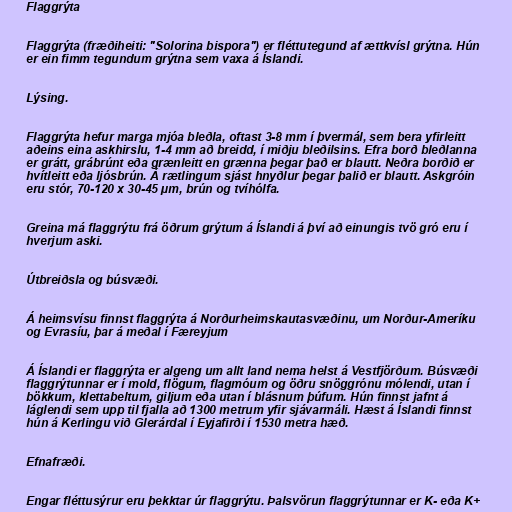
Flaggrýta

Flaggrýta (fræðiheiti: "Solorina bispora") er fléttutegund af ættkvísl grýtna. Hún
er ein fimm tegundum grýtna sem vaxa á Íslandi.

Lýsing.

Flaggrýta hefur marga mjóa bleðla, oftast 3-8 mm í þvermál, sem bera yfirleitt
aðeins eina askhirslu, 1-4 mm að breidd, í miðju bleðilsins. Efra borð bleðlanna
er grátt, grábrúnt eða grænleitt en grænna þegar það er blautt. Neðra borðið er
hvítleitt eða ljósbrún. Á rætlingum sjást hnyðlur þegar þalið er blautt. Askgróin
eru stór, 70-120 x 30-45 µm, brún og tvíhólfa.

Greina má flaggrýtu frá öðrum grýtum á Íslandi á því að einungis tvö gró eru í
hverjum aski.

Útbreiðsla og búsvæði.

Á heimsvísu finnst flaggrýta á Norðurheimskautasvæðinu, um Norður-Ameríku
og Evrasíu, þar á meðal í Færeyjum

Á Íslandi er flaggrýta er algeng um allt land nema helst á Vestfjörðum. Búsvæði
flaggrýtunnar er í mold, flögum, flagmóum og öðru snöggrónu mólendi, utan í
bökkum, klettabeltum, giljum eða utan í blásnum þúfum. Hún finnst jafnt á
láglendi sem upp til fjalla að 1300 metrum yfir sjávarmáli. Hæst á Íslandi finnst
hún á Kerlingu við Glerárdal í Eyjafirði í 1530 metra hæð.

Efnafræði.

Engar fléttusýrur eru þekktar úr flaggrýtu. Þalsvörun flaggrýtunnar er K- eða K+